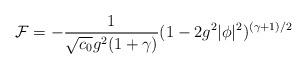
LaTeX: \begin{align*}{\cal F}=-{1\over \sqrt{c_0} g^2 (1+\gamma)}(1-2g^2|\phi|^2)^{(\gamma+1)/2}\end{align*}